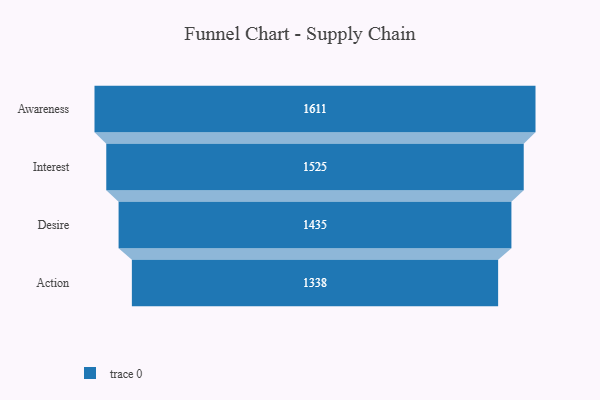
{"axis": {"x": "Stage", "y": "Value"}, "legend": [""], "data": [{"x": "Awareness", "y": 1611.0, "type": ""}, {"x": "Interest", "y": 1525.0, "type": ""}, {"x": "Desire", "y": 1435.0, "type": ""}, {"x": "Action", "y": 1338.0, "type": ""}]}